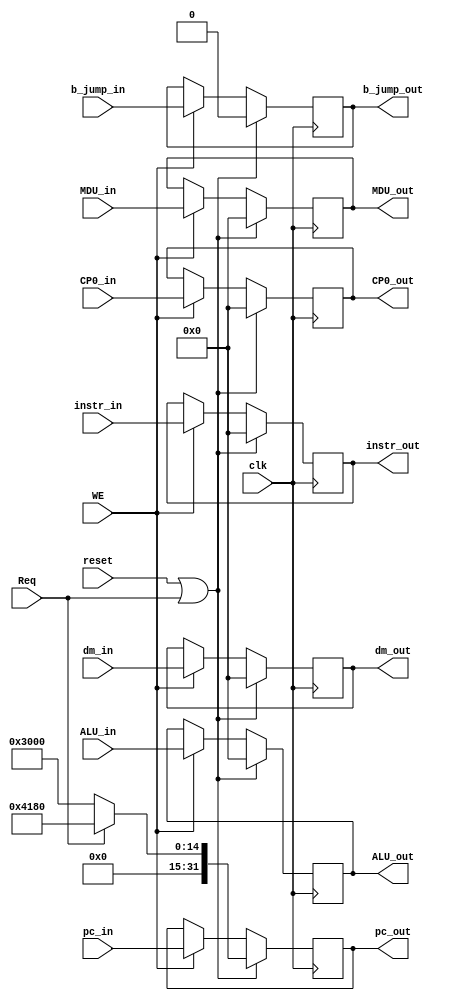
`timescale 1ns / 1ps

module WREG(	
	input clk,
	input reset,
	input WE,
	input Req,
	
	input [31:0] instr_in,
	input [31:0] pc_in,
	input [31:0] ALU_in,
	input [31:0] dm_in,
	input [31:0] MDU_in,
	input b_jump_in,
	input [31:0] CP0_in,///
	
	output reg [31:0] CP0_out,
	output reg b_jump_out,
	output reg [31:0] instr_out,
	output reg [31:0] pc_out,
	output reg [31:0] ALU_out,
	output reg [31:0] dm_out,
	output reg [31:0] MDU_out
    );
	 
	initial begin
		instr_out <= 0;
		pc_out <= 32'h0000_3000;
		ALU_out <= 0;
		dm_out <= 0;
		MDU_out <= 0;
		b_jump_out <= 0;
		CP0_out <= 0;
	end
	
	always@(posedge clk) begin
		if(reset | Req) begin
			instr_out <= 0;
			pc_out <=  Req ? 32'h0000_4180:32'h0000_3000;
			ALU_out <= 0;
			dm_out <= 0;
			MDU_out <= 0;
			b_jump_out <= 0;
			CP0_out <= 0;
		end
		else if(WE) begin
			instr_out <= instr_in;
			pc_out <= pc_in;
			ALU_out <= ALU_in;
			dm_out <= dm_in; 
			MDU_out <= MDU_in;
			b_jump_out <= b_jump_in;
			CP0_out <= CP0_in;
		end
	end

endmodule